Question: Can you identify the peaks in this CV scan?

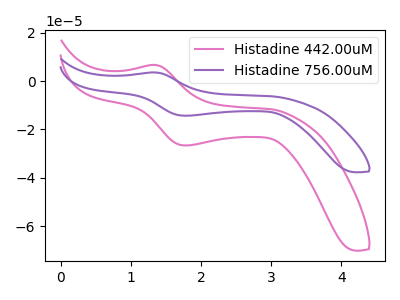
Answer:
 <answer>The pink curve "Histadine 442.00uM" has an anodic peak at (1.35V, 6.70uA) and a cathodic peak at (1.80V, -26.65uA). The purple curve "Histadine 756.00uM" has an anodic peak at (1.35V, 3.60uA) and a cathodic peak at (1.80V, -14.30uA).</answer>
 <eval></eval>